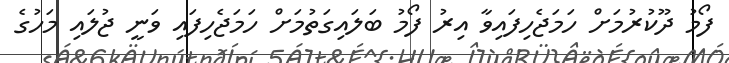
ފޯމު ދޫކުރުމަށް ހަމަޖެހިފައިވާ އިރު ފޯމު ބަލައިގަތުމަށް ހަމަޖެހިފައި ވަނީ ޖުލައި މަހުގެ